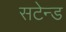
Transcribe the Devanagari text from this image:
सटेन्ड